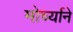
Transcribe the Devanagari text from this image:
मोर्च्याने